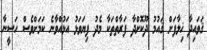
ޤަވައިދާ ޚިލާފަށް ޤައުމު ދޫކޮށްދާ ފަރާތްތަކާ މެދު ފިޔަވަޅު އަޅުއްވާނެ ކަމަށްވެސް ހަސީނާ